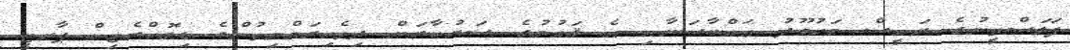
ފަލަސްތީނުގެ ރައީސް މަޙުމޫދު ޢައްބާސަށާއި އެ ޤައުމުގެ ސަރުކާރަށް ދިވެހިރައްޔިތުންގެ ޑިމޮކްރެޓިކް ޕާރޓީ